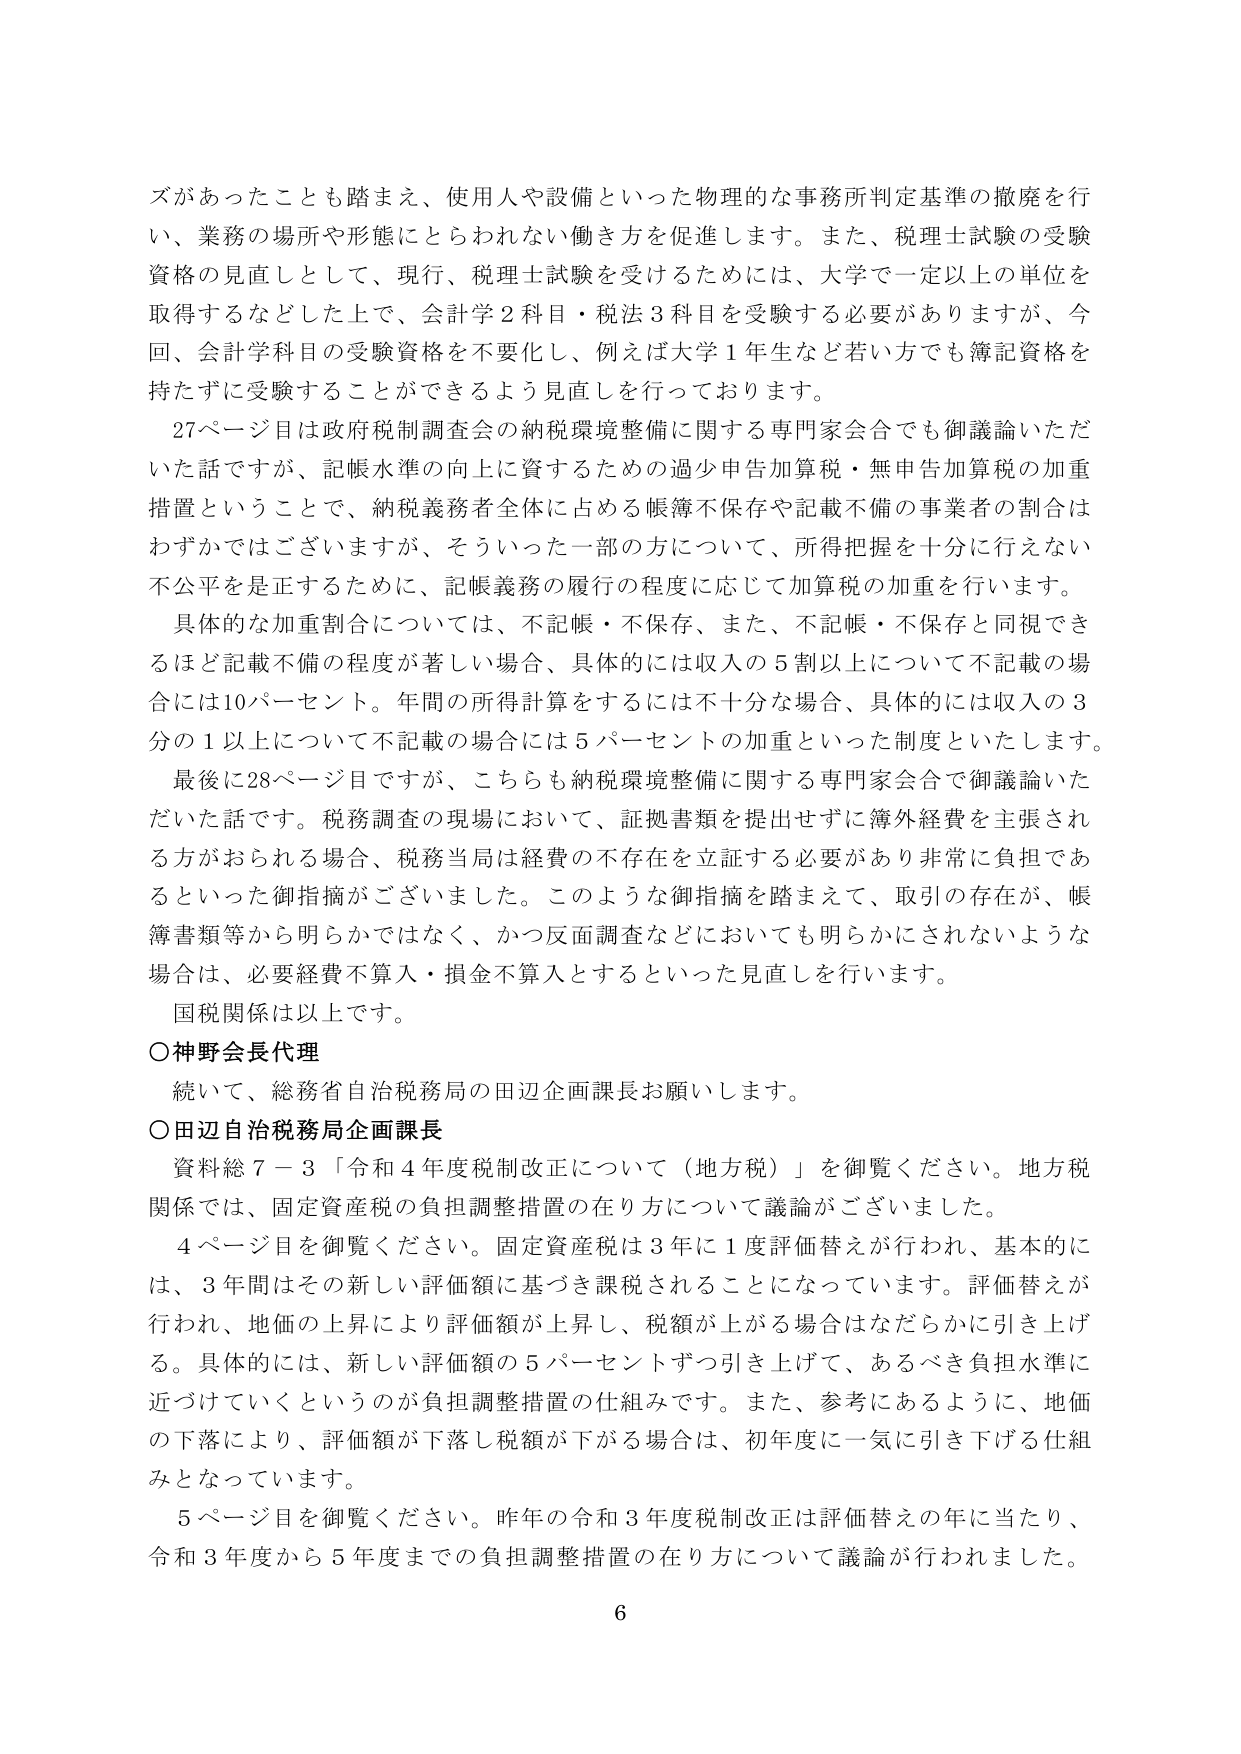
ズがあったことも踏まえ、使用人や設備といった物理的な事務所判定基準の撤廃を行い、業務の場所や形態にとらわれない働き方を促進します。また、税理士試験の受験資格の見直しとして、現行、税理士試験を受けるためには、大学で一定以上の単位を取得するなどした上で、会計学２科目・税法３科目を受験する必要がありますが、今回、会計学科目の受験資格を不要化し、例えば大学１年生など若い方でも簿記資格を持たずに受験することができるよう見直しを行っております。

２７ページ目は政府税制調査会の納税環境整備に関する専門家会合でも御議論いただいた話ですが、記帳水準の向上に資するための過少申告加算税・無申告加算税の加重措置ということで、納税義務者全体に占める帳簿不保存や記載不備の事業者の割合はわずかではございますが、そういった一部の方について、所得把握を十分に行えない不公平を是正するために、記帳義務の履行の程度に応じて加算税の加重を行います。

具体的な加重割合については、不記帳・不保存、また、不記帳・不保存と同視できるほど記載不備の程度が著しい場合、具体的には収入の５割以上について不記載の場合には１０パーセント。年間の所得計算をするには不十分な場合、具体的には収入の３分の１以上について不記載の場合には５パーセントの加重といった制度といたします。

最後に２８ページ目ですが、こちらも納税環境整備に関する専門家会合で御議論いただいた話です。税務調査の現場において、証拠書類を提出せずに簿外経費を主張される方がおられる場合、税務当局は経費の不存在を立証する必要があり非常に負担であるといった御指摘がございました。このような御指摘を踏まえて、取引の存在が、帳簿書類等から明らかではなく、かつ反面調査などにおいても明らかにされないような場合は、必要経費不算入・損金不算入とするといった見直しを行います。

国税関係は以上です。

○神野会長代理
　続いて、総務省自治税務局の田辺企画課長お願いします。

○田辺自治税務局企画課長
　資料総７－３「令和４年度税制改正について（地方税）」を御覧ください。地方税関係では、固定資産税の負担調整措置の在り方について議論がございました。

　４ページ目を御覧ください。固定資産税は３年に１度評価替えが行われ、基本的には、３年間はその新しい評価額に基づき課税されることになっています。評価替えが行われ、地価の上昇により評価額が上昇し、税額が上がる場合はなだらかに引き上げる。具体的には、新しい評価額の５パーセントずつ引き上げて、あるべき負担水準に近づけていくというのが負担調整措置の仕組みです。また、参考にあるように、地価の下落により、評価額が下落し税額が下がる場合は、初年度に一気に引き下げる仕組みとなっています。

　５ページ目を御覧ください。昨年の令和３年度税制改正は評価替えの年に当たり、令和３年度から５年度までの負担調整措置の在り方について議論が行われました。

６